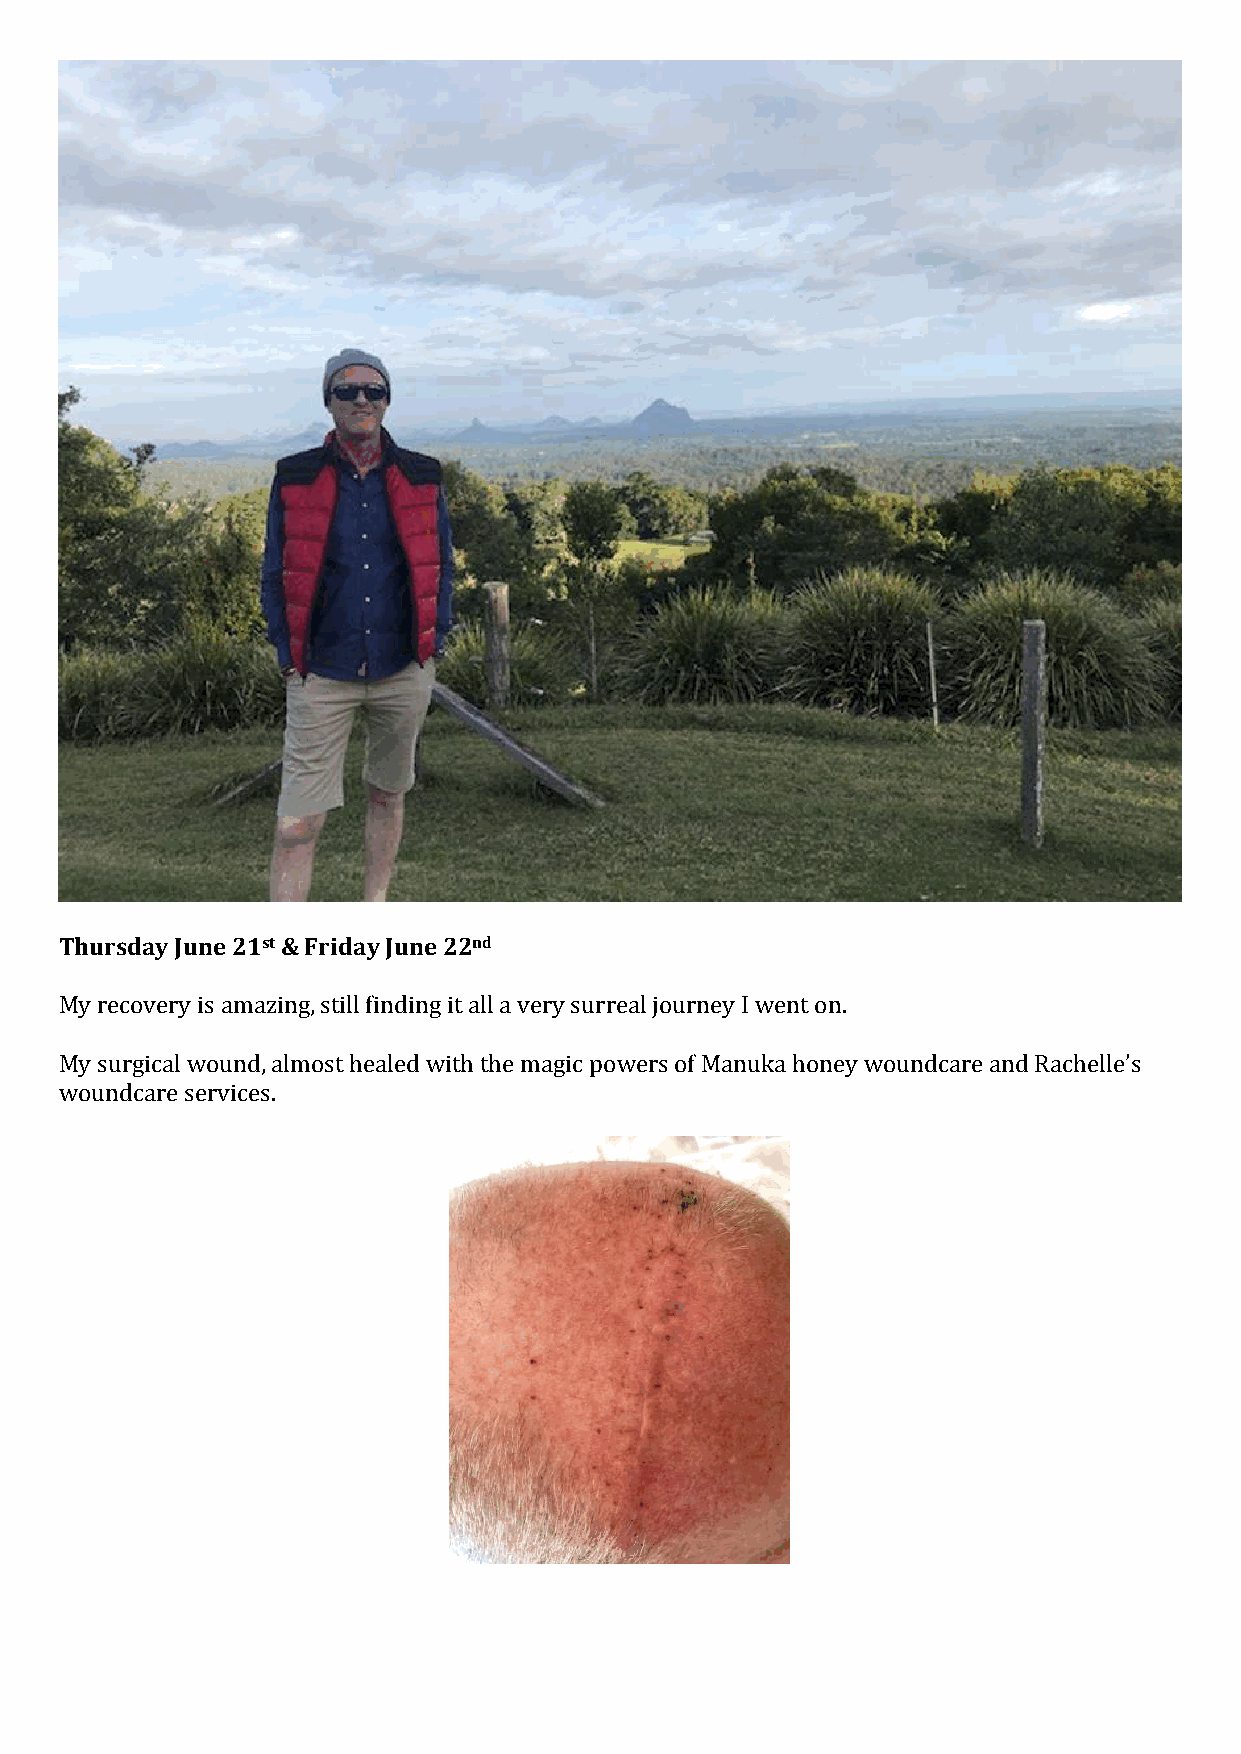
Thursday June 21st & Friday June 22nd
 My recovery is amazing, still finding it all a very surreal journey I went on.
 My surgical wound, almost healed with the magic powers of Manuka honey woundcare and Rachelle’s
 woundcare services.